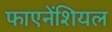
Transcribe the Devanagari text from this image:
फाएनेंशियल